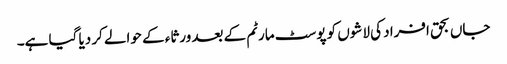
جاں بحق افراد کی لاشوں کو پوسٹ مارٹم کے بعد ورثاء کے حوالے کر دیا گیا ہے۔